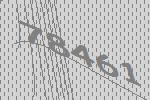
78461